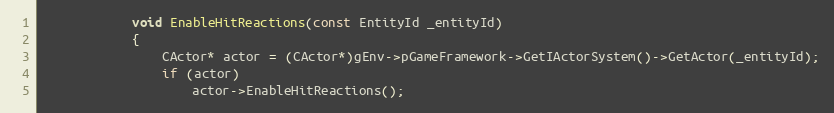
Language: C++
			void EnableHitReactions(const EntityId _entityId)
			{
				CActor* actor = (CActor*)gEnv->pGameFramework->GetIActorSystem()->GetActor(_entityId);
				if (actor)
					actor->EnableHitReactions();